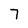
Character: 7